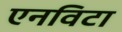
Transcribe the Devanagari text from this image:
एनविटा